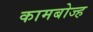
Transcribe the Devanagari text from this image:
कामबोज्ह